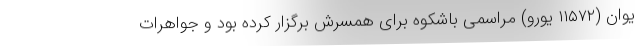
یوان (۱۱۵۷۲ یورو) مراسمی باشکوه برای همسرش برگزار کرده بود و جواهرات